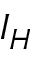
I _ { H }